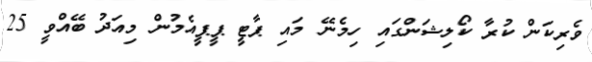
ވެރިކަން ކުރާ ކޯލިޝަންގައި ހިމެނޭ މައި ޕާޓީ ޕީޕީއެމުން މިއަދު ބޭއްވީ 25